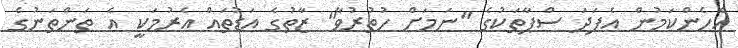
އެހެންކަމުން އެފަދަ ސްޕާތަކުގެ "ނަމަށް ހުތުރުވާ" ޒާތުގެ އަޑުތައް އެރުމަކީ އެ ތަންތަނުގެ